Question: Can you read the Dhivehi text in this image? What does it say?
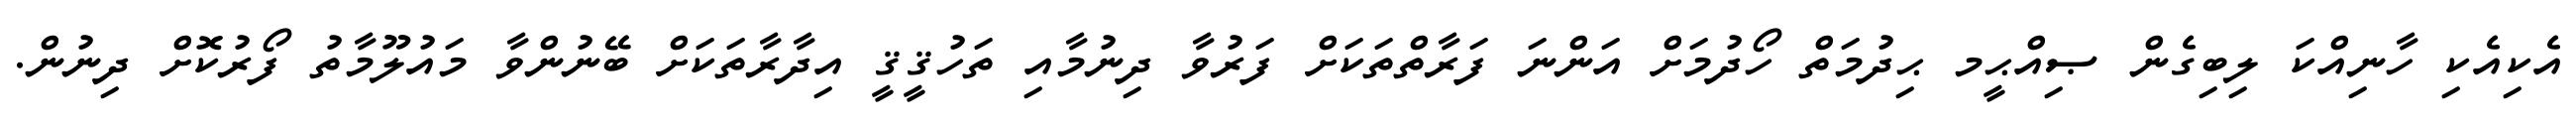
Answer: އެކިއެކި ހާނިއްކަ ލިބިގެން ޞިއްޙީމ ޙިދުމަތް ހޯދުމަށް އަންނަ ފަރާތްތަކަށް ފަރުވާ ދިނުމާއި ތަހުޤީޤީ އިދާރާތަކަށް ބޭނުންވާ މައުލޫމާތު ފޯރުކޮށް ދިނުން.